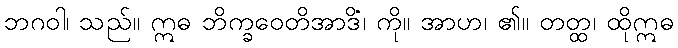
ဘဂဝါ၊ သည်။ ဣဓ ဘိက္ခဝေတိအာဒိံ၊ ကို။ အာဟ၊ ၏။ တတ္ထ၊ ထိုဣဓ